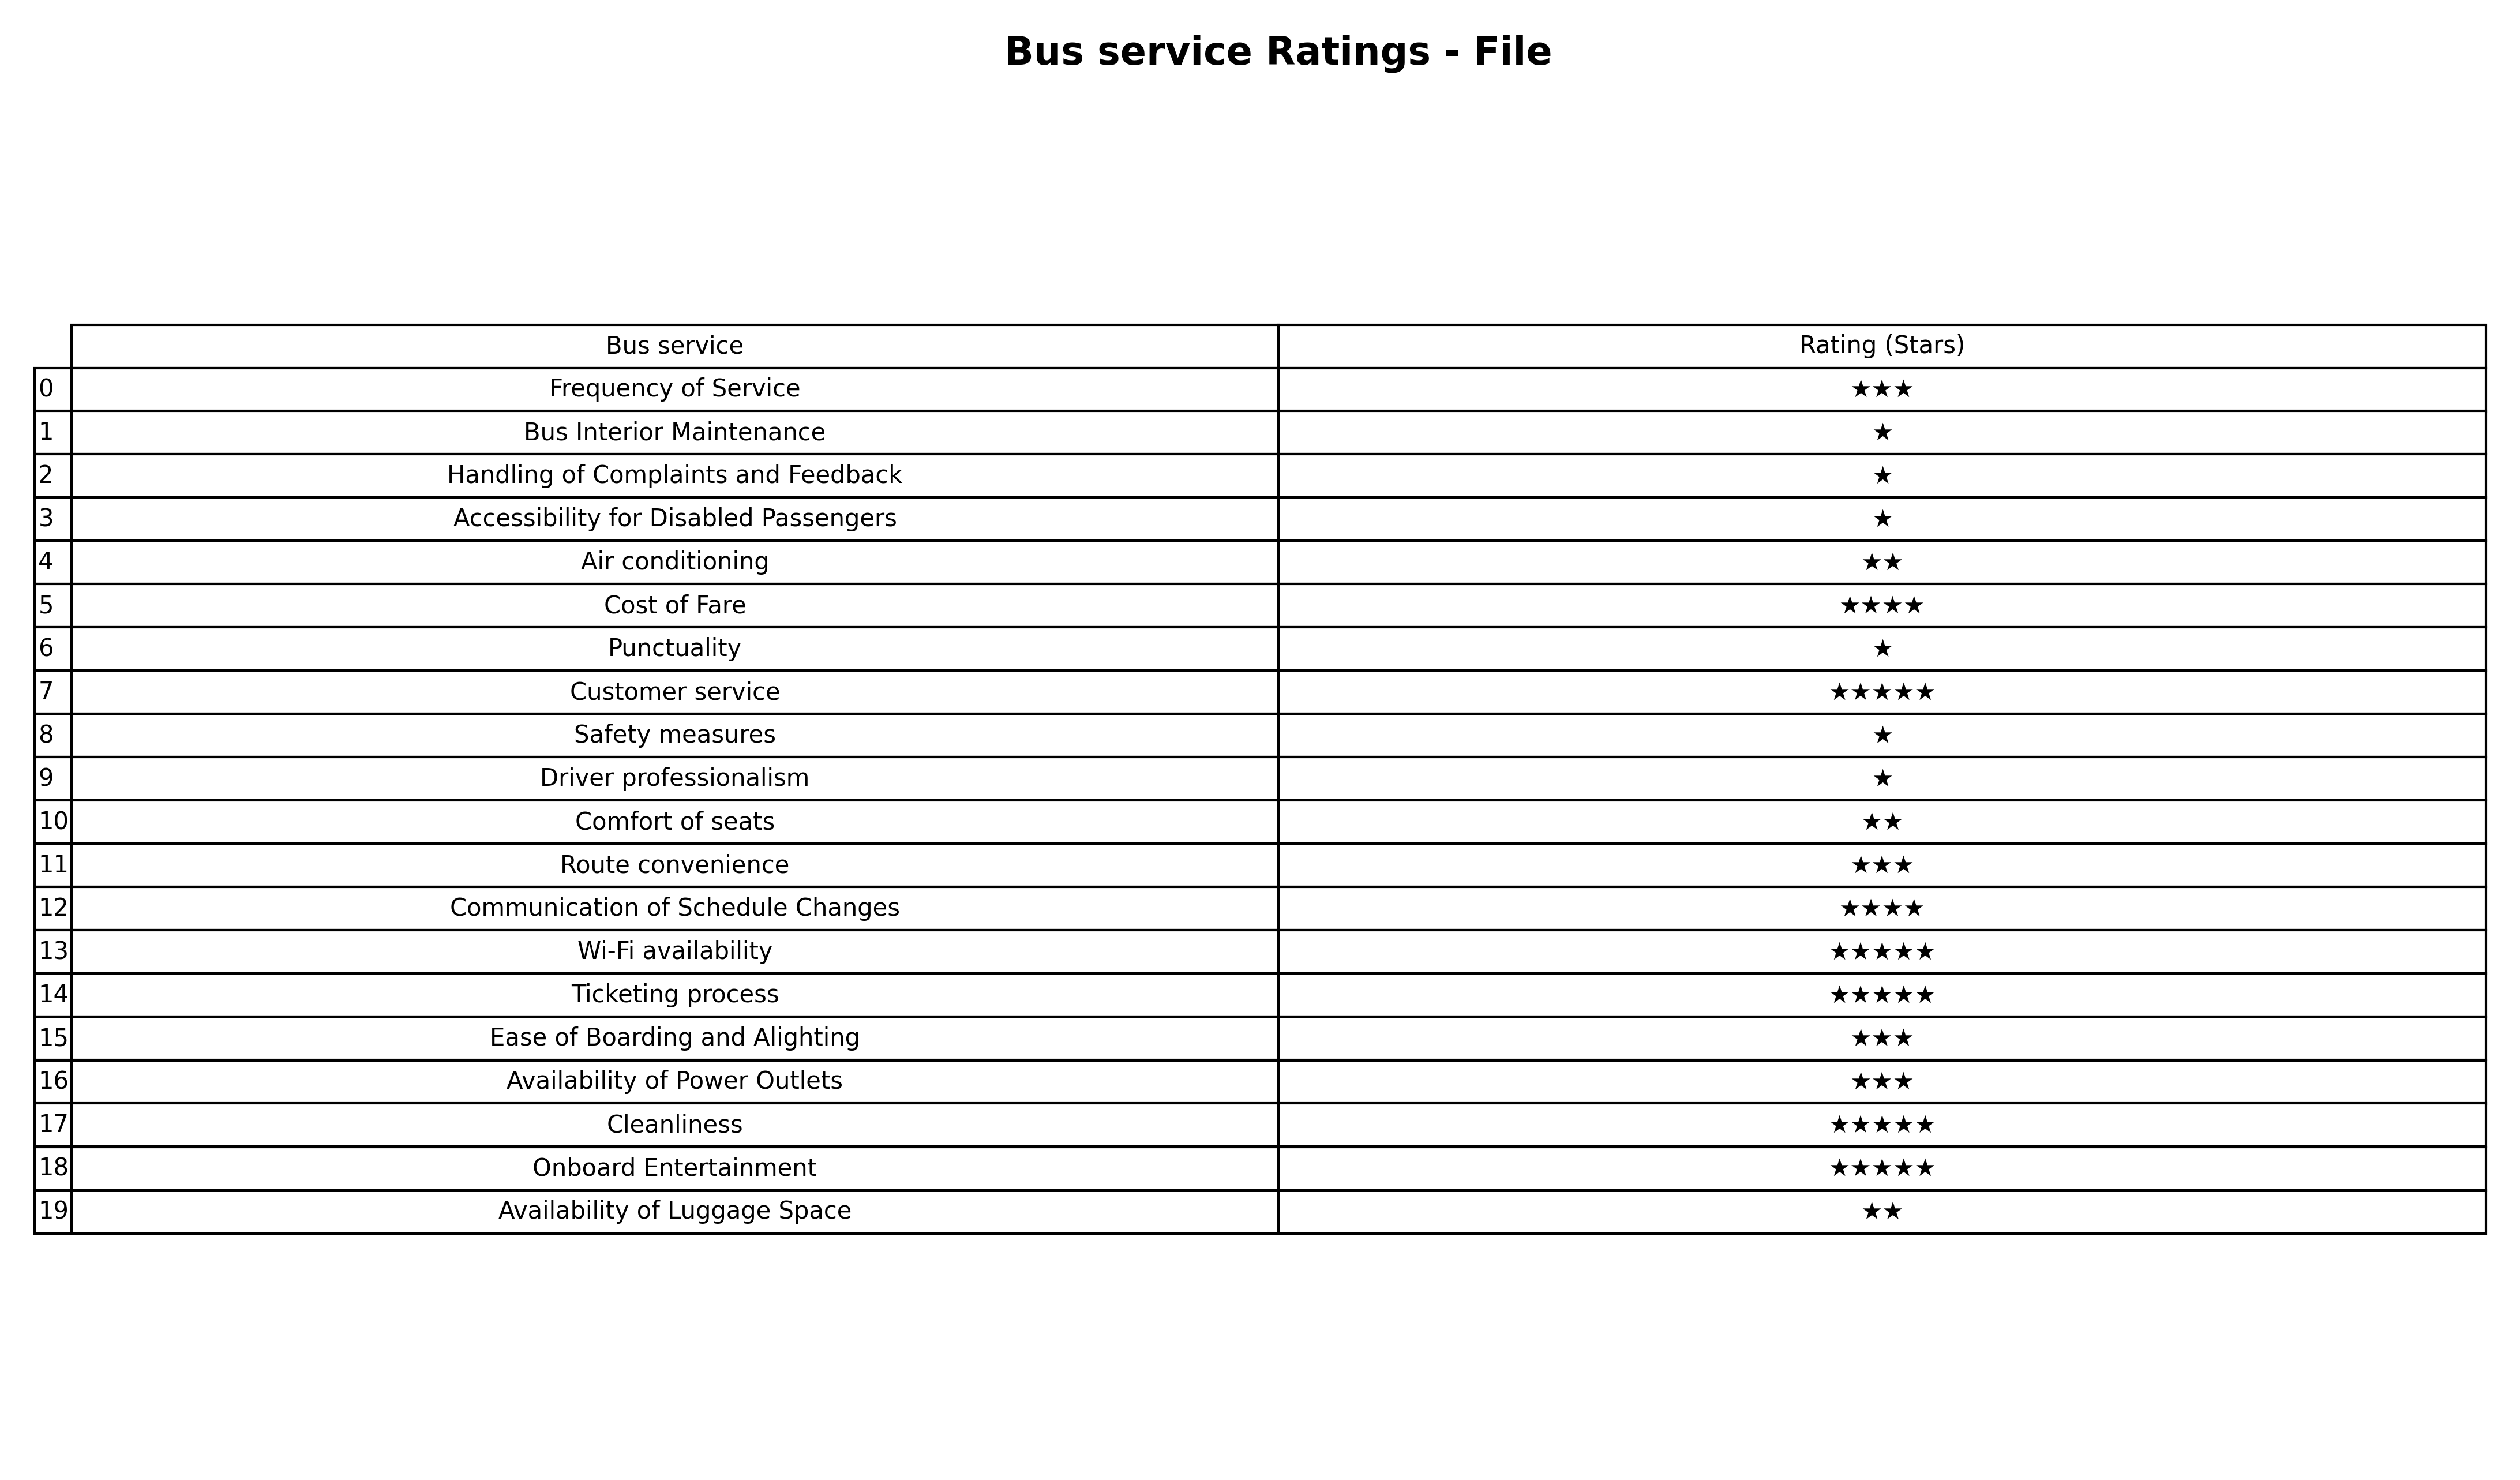
question: What are highest rating services?
answer: Bus Interior MaintenanceHandling of Complaints and FeedbackAccessibility for Disabled PassengersPunctualitySafety measuresDriver professionalism